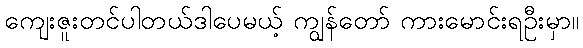
ကျေးဇူးတင်ပါတယ်ဒါပေမယ့် ကျွန်တော် ကားမောင်းရဦးမှာ။